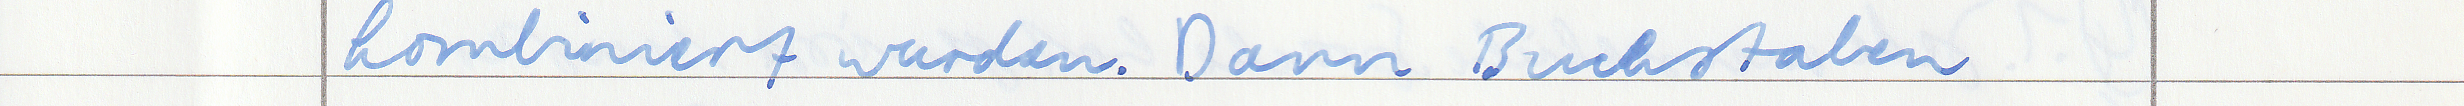
kombiniert wurden. Dann Buchstaben